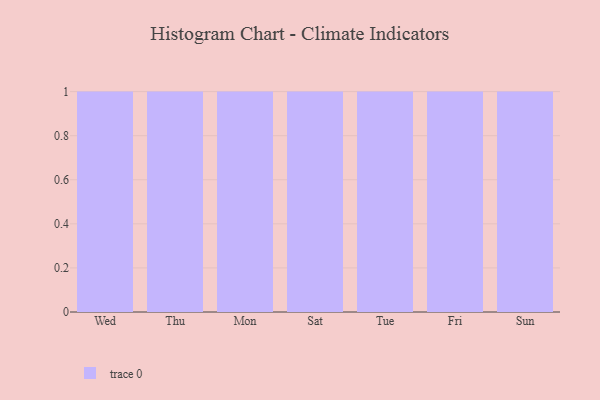
{"axis": {"x": "Day", "y": "Page Views"}, "legend": [""], "data": [{"x": "Wed", "y": 12, "type": ""}, {"x": "Thu", "y": 96, "type": ""}, {"x": "Mon", "y": 65, "type": ""}, {"x": "Sat", "y": 97, "type": ""}, {"x": "Tue", "y": 71, "type": ""}, {"x": "Fri", "y": 75, "type": ""}, {"x": "Sun", "y": 59, "type": ""}]}